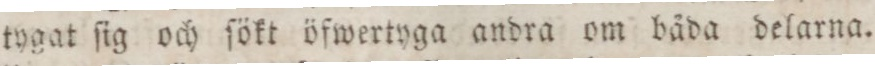
tygat ſig och fökt öfwertyga andra om båda delarna.